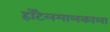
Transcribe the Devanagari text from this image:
हॉटेलमालकाला